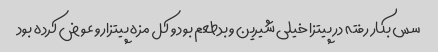
سس بکار رفته در پیتزا خیلی شیرین و بدطعم بود و کل مزه پیتزارو عوض کرده بود